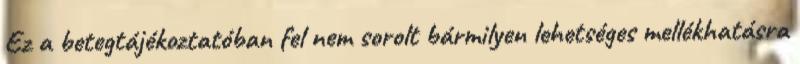
Ez a betegtájékoztatóban fel nem sorolt bármilyen lehetséges mellékhatásra